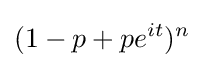
(1-p+pe^{it})^{n}